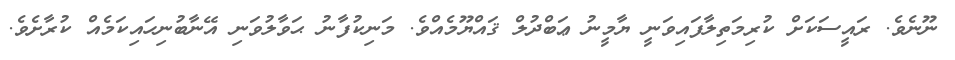
ނޫނެވެ. ރައީސަކަށް ކުރިމަތިލާފައިވަނީ ޔާމީނު ޢަބްދުލް ޤައްޔޫމެއްވެ. މަނިކުފާނު ޙަވާލުވަނި އޭނާބުނިހައިކަމެއް ކުރާށެވެ.